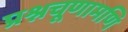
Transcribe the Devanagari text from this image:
प्रश्नचूणामणि